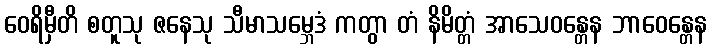
ဝေရိမှီတိ စတူသု ဇနေသု သီမာသမ္ဘေဒံ ကတွာ တံ နိမိတ္တံ အာသေဝန္တေန ဘာဝေန္တေန